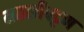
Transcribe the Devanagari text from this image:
मछलीपट्टण